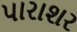
પારાશર